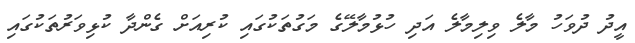
އީދު ދުވަހު މާލެ ވިލިމާލެ އަދި ހުޅުމާލޭގެ މަގުތަކުގައި ކުރިއަށް ގެންދާ ކުޅިވަރުތަކުގައި